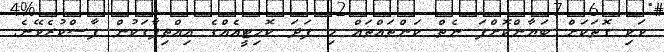
ވަކި ގޮތަކަށް ބަޔާންކޮށްފަ ނެތް ކަންތައްތައް މި ފަދަ ކޮމިޓީއެއްގެ އިއްތިފާގަކުން ފާސްކުރެވޭނެ.